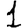
Digit: 1